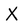
Character: X